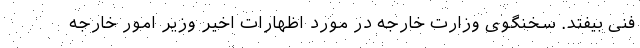
فنی بیفتد. سخنگوی وزارت خارجه در مورد اظهارات اخیر وزیر امور خارجه